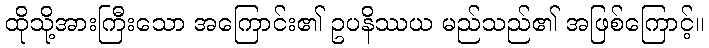
ထိုသို့အားကြီးသော အကြောင်း၏ ဥပနိဿယ မည်သည်၏ အဖြစ်ကြောင့်။